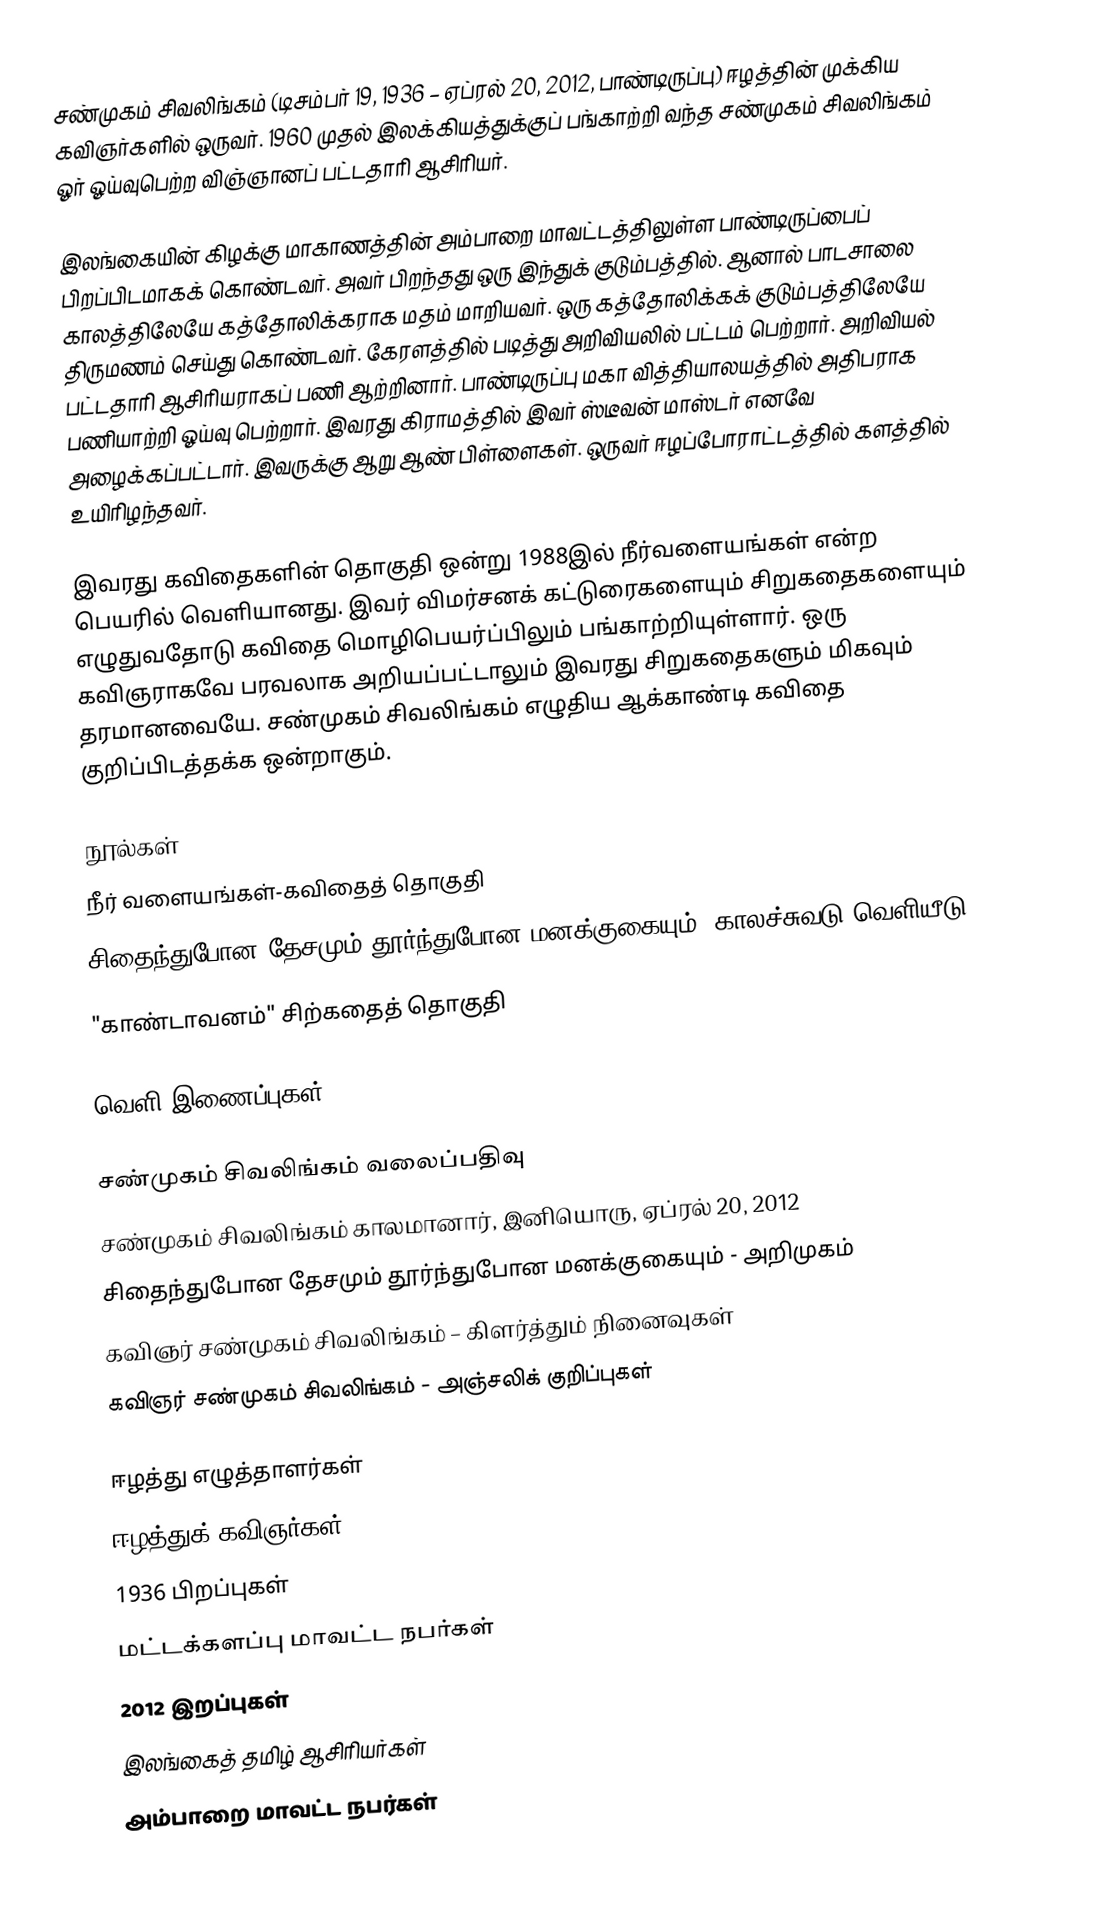
சண்முகம் சிவலிங்கம் (டிசம்பர் 19, 1936 – ஏப்ரல் 20, 2012, பாண்டிருப்பு) ஈழத்தின் முக்கிய கவிஞர்களில் ஒருவர். 1960 முதல் இலக்கியத்துக்குப் பங்காற்றி வந்த சண்முகம் சிவலிங்கம் ஓர் ஓய்வுபெற்ற விஞ்ஞானப் பட்டதாரி ஆசிரியர்.

இலங்கையின் கிழக்கு மாகாணத்தின் அம்பாறை மாவட்டத்திலுள்ள பாண்டிருப்பைப் பிறப்பிடமாகக் கொண்டவர். அவர் பிறந்தது ஒரு இந்துக் குடும்பத்தில். ஆனால் பாடசாலை காலத்திலேயே கத்தோலிக்கராக மதம் மாறியவர். ஒரு கத்தோலிக்கக் குடும்பத்திலேயே திருமணம் செய்து கொண்டவர். கேரளத்தில் படித்து அறிவியலில் பட்டம் பெற்றார். அறிவியல் பட்டதாரி ஆசிரியராகப் பணி ஆற்றினார். பாண்டிருப்பு மகா வித்தியாலயத்தில் அதிபராக பணியாற்றி ஓய்வு பெற்றார். இவரது கிராமத்தில் இவர் ஸ்டீவன் மாஸ்டர் எனவே அழைக்கப்பட்டார். இவருக்கு ஆறு ஆண் பிள்ளைகள். ஒருவர் ஈழப்போராட்டத்தில் களத்தில் உயிரிழந்தவர்.

இவரது கவிதைகளின் தொகுதி ஒன்று 1988இல் நீர்வளையங்கள் என்ற பெயரில் வெளியானது. இவர் விமர்சனக் கட்டுரைகளையும் சிறுகதைகளையும் எழுதுவதோடு கவிதை மொழிபெயர்ப்பிலும் பங்காற்றியுள்ளார். ஒரு கவிஞராகவே பரவலாக அறியப்பட்டாலும் இவரது சிறுகதைகளும் மிகவும் தரமானவையே. சண்முகம் சிவலிங்கம் எழுதிய ஆக்காண்டி கவிதை குறிப்பிடத்தக்க ஒன்றாகும்.

நூல்கள்
 நீர் வளையங்கள்-கவிதைத் தொகுதி
 சிதைந்துபோன தேசமும் தூர்ந்துபோன மனக்குகையும், காலச்சுவடு வெளியீடு, 2011.
 "காண்டாவனம்" சிற்கதைத் தொகுதி

வெளி இணைப்புகள்

சண்முகம் சிவலிங்கம் வலைப்பதிவு
 சண்முகம் சிவலிங்கம் காலமானார், இனியொரு, ஏப்ரல் 20, 2012
சிதைந்துபோன தேசமும் தூர்ந்துபோன மனக்குகையும் - அறிமுகம்
கவிஞர் சண்முகம் சிவலிங்கம் – கிளர்த்தும் நினைவுகள்
கவிஞர் சண்முகம் சிவலிங்கம் - அஞ்சலிக் குறிப்புகள்

ஈழத்து எழுத்தாளர்கள்
ஈழத்துக் கவிஞர்கள்
1936 பிறப்புகள்
மட்டக்களப்பு மாவட்ட நபர்கள்
2012 இறப்புகள்
இலங்கைத் தமிழ் ஆசிரியர்கள்
அம்பாறை மாவட்ட நபர்கள்